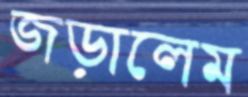
জড়ালেম